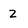
Character: Z